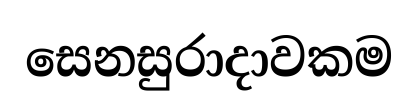
සෙනසුරාදාවකම